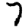
Digit: 7